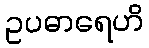
ဥပဓာရေဟိ